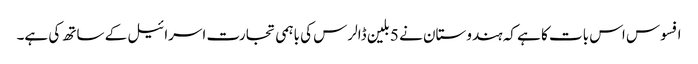
افسوس اس بات کا ہے کہ ہندوستان نے 5 بلین ڈالرس کی باہمی تجارت اسرائیل کے ساتھ کی ہے۔